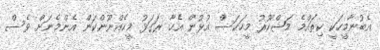
އެބުނާމީހަކީ ކިތައްމެ މަޝްހޫރު މީހަކަސް އުޅުން އެހާ ރަގަޅު މީހެއްނޫންކަން އެންމެނަށް ވެސް